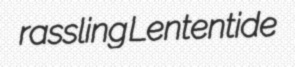
rassling Lententide